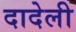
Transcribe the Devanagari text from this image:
दादेली